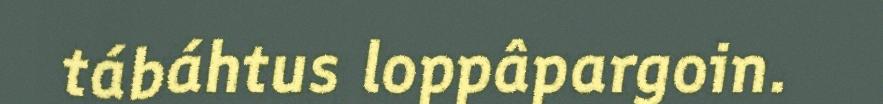
tábáhtus loppâpargoin.